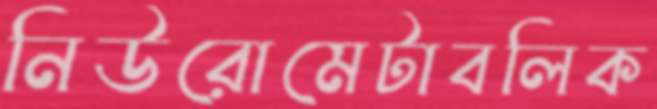
নিউরোমেটাবলিক